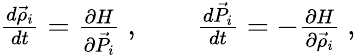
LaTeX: \begin{array}{r}{\frac{d\vec{\rho}_{i}}{dt}=\frac{\partial H}{\partial\vec{P}_{i}}~,\quad\quad\frac{d\vec{P}_{i}}{dt}=-\frac{\partial H}{\partial\vec{\rho}_{i}}~,}\end{array}